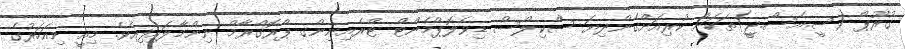
ގުރޫޕް (ސީ.އެސް.ޖީ)ތަކަށް ކުރިއަށްގެންދިޔަ ސްކިލްސް ޑިވެލޮޕްމެންޓް ޓްރެއިނިންގ ޕްރޮގްރާމް ނިންމާލައިފިއެވެ. މިއީ މިއަހަރުގެ